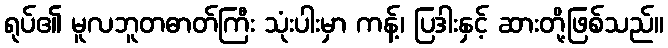
ရုပ်၏ မူလဘူတဓာတ်ကြီး သုံးပါးမှာ ကန့်၊ ပြဒါးနှင့် ဆားတို့ဖြစ်သည်။